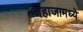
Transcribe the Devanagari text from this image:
जहाजामध्ये